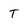
Character: T